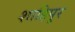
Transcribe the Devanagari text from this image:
शाहिपुर